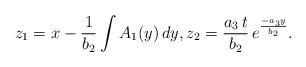
LaTeX: \begin{align*}z_1=x-\frac{1}{b_2}\int A_1(y)\,dy, z_2=\frac{a_3\, t}{b_2}\,e^{\frac{-a_3y}{b_2}}.\end{align*}